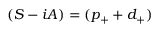
( S - i A ) = ( p _ { + } + d _ { + } )